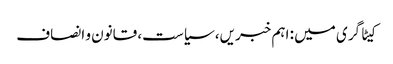
کیٹاگری میں : اہم خبریں، سیاست، قانون و انصاف